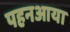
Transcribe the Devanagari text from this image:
पहनआया